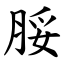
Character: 脮